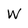
Character: W